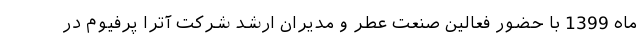
ماه 1399 با حضور فعالین صنعت عطر و مدیران ارشد شرکت آترا پرفیوم در